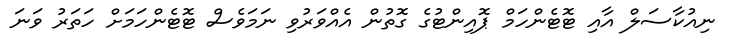
ނިއުކާސަލް އާއި ޓޮޓެންހަމް ޕޮއިންޓުގެ ގޮތުން އެއްވަރުވި ނަމަވެސް ޓޮޓެންހަމަށް ހަތަރު ވަނަ